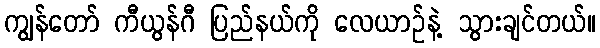
ကျွန်တော် ကီယွန်ဂီ ပြည်နယ်ကို လေယာဉ်နဲ့ သွားချင်တယ်။